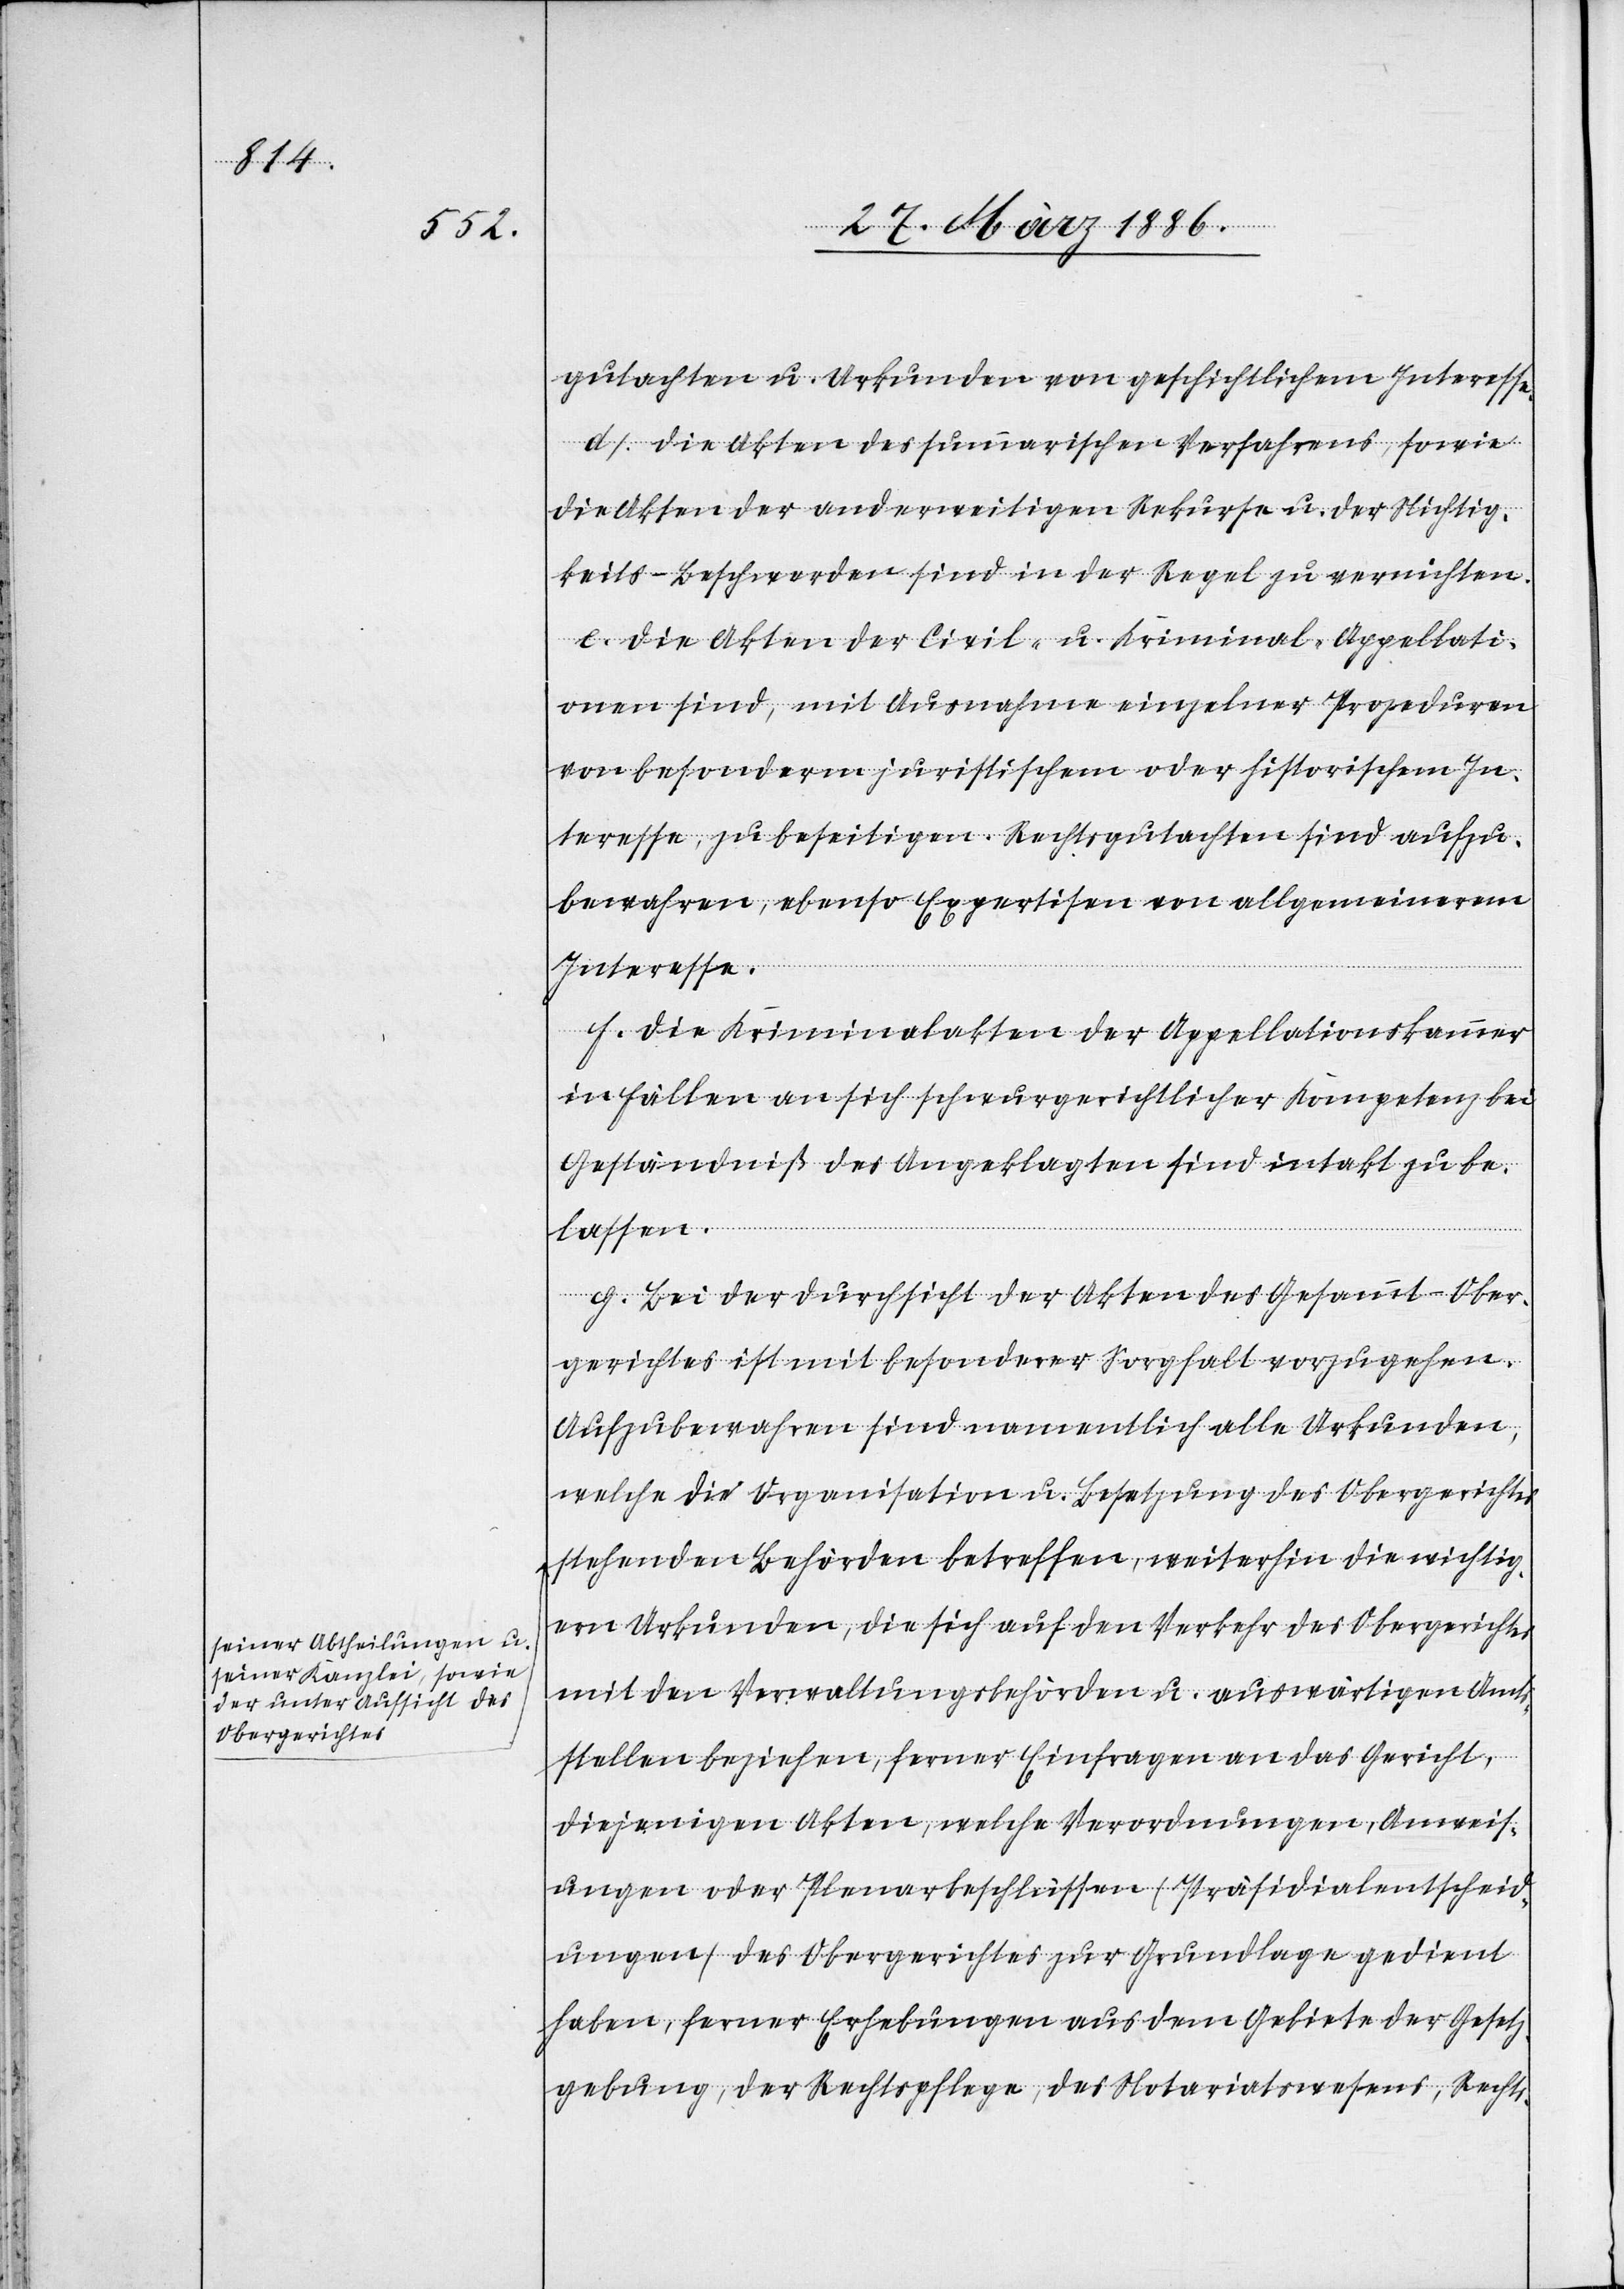
a-seiner Abtheilungen u.
seiner Kanzlei, sowie
der untern Aufsicht des
Obergerichtes-a

gutachten u. Urkunden von geschichtlichem Interesse.
d). Die Akten des summarischen Verfahrens, sowie
die Akten der anderweitigen Rekurse u. der Nichtig¬
keits-Beschwerden sind in der Regel zu vernichten.
e). Die Akten der Civil- u. Kriminal-Appellati¬
onen sind, mit Ausnahme einzelner Prozeduren
von besonderm juristischen oder historischen In¬
teresse, zu beseitigen. Rechtsgutachten sind aufzu¬
bewahren, ebenso Expertisen von allgemeinerem
Interesse.
f). Die Kriminalakten der Appellationskammer
in Fällen an sich schwurgerichtlicher Kompetenz bei
Geständniß des Angeklagten sind intakt zu be¬
lassen.
g). Bei der Durchsicht der Akten des Gesammt-Ober¬
gerichtes ist mit besonderer Sorgfalt vorzugehen.
Aufzubewahren sind namentlich alle Urkunden,
welche die Organisation u. Besetzung des Obergerichtes,
stehenden Behörden betreffen, weiterhin die wichtig¬
eren Urkunden, die sich auf den Verkehr des Obergerichtes
mit den Verwaltungsbehörden u. auswärtigen Amts¬
stellen beziehen, ferner Einfragen an das Gericht,
diejenigen Akten, welche Verordnung, Anweis¬
ungen oder Plenarbeschlüssen (Präsidialentscheid¬
ungen) des Obergerichtes zur Grundlage gedient
haben, ferner Erhebungen aus dem Gebiete der Gesetz¬
gebung, der Rechtspflege, des Notariatswesens, Rechts-